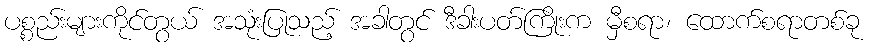
ပစ္စည်းများကိုင်တွယ် အသုံးပြုသည့် အခါတွင် ဒီခါးပတ်ကြိုးက မှီစရာ၊ ထောက်စရာတစ်ခု